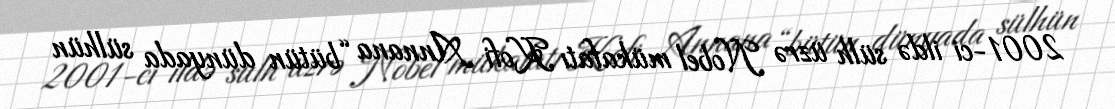
2001-ci ildə sülh üzrə Nobel mükafatı Kofi Annana “bütün dünyada sülhün